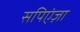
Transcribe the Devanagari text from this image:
सपिएंज़ा